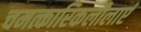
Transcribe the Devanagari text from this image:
चमत्कारिकलीलाएं